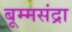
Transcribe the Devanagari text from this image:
बूम्मसंद्रा